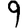
Digit: 9